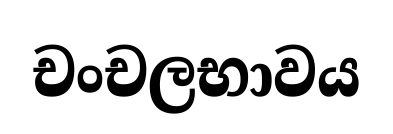
චංචලභාවය